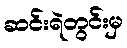
ဆင်းရဲတွင်းမှ